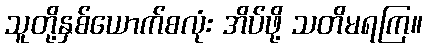
သူတို့နှစ်ယောက်စလုံး အိပ်ဖို့ သတိမရကြ။